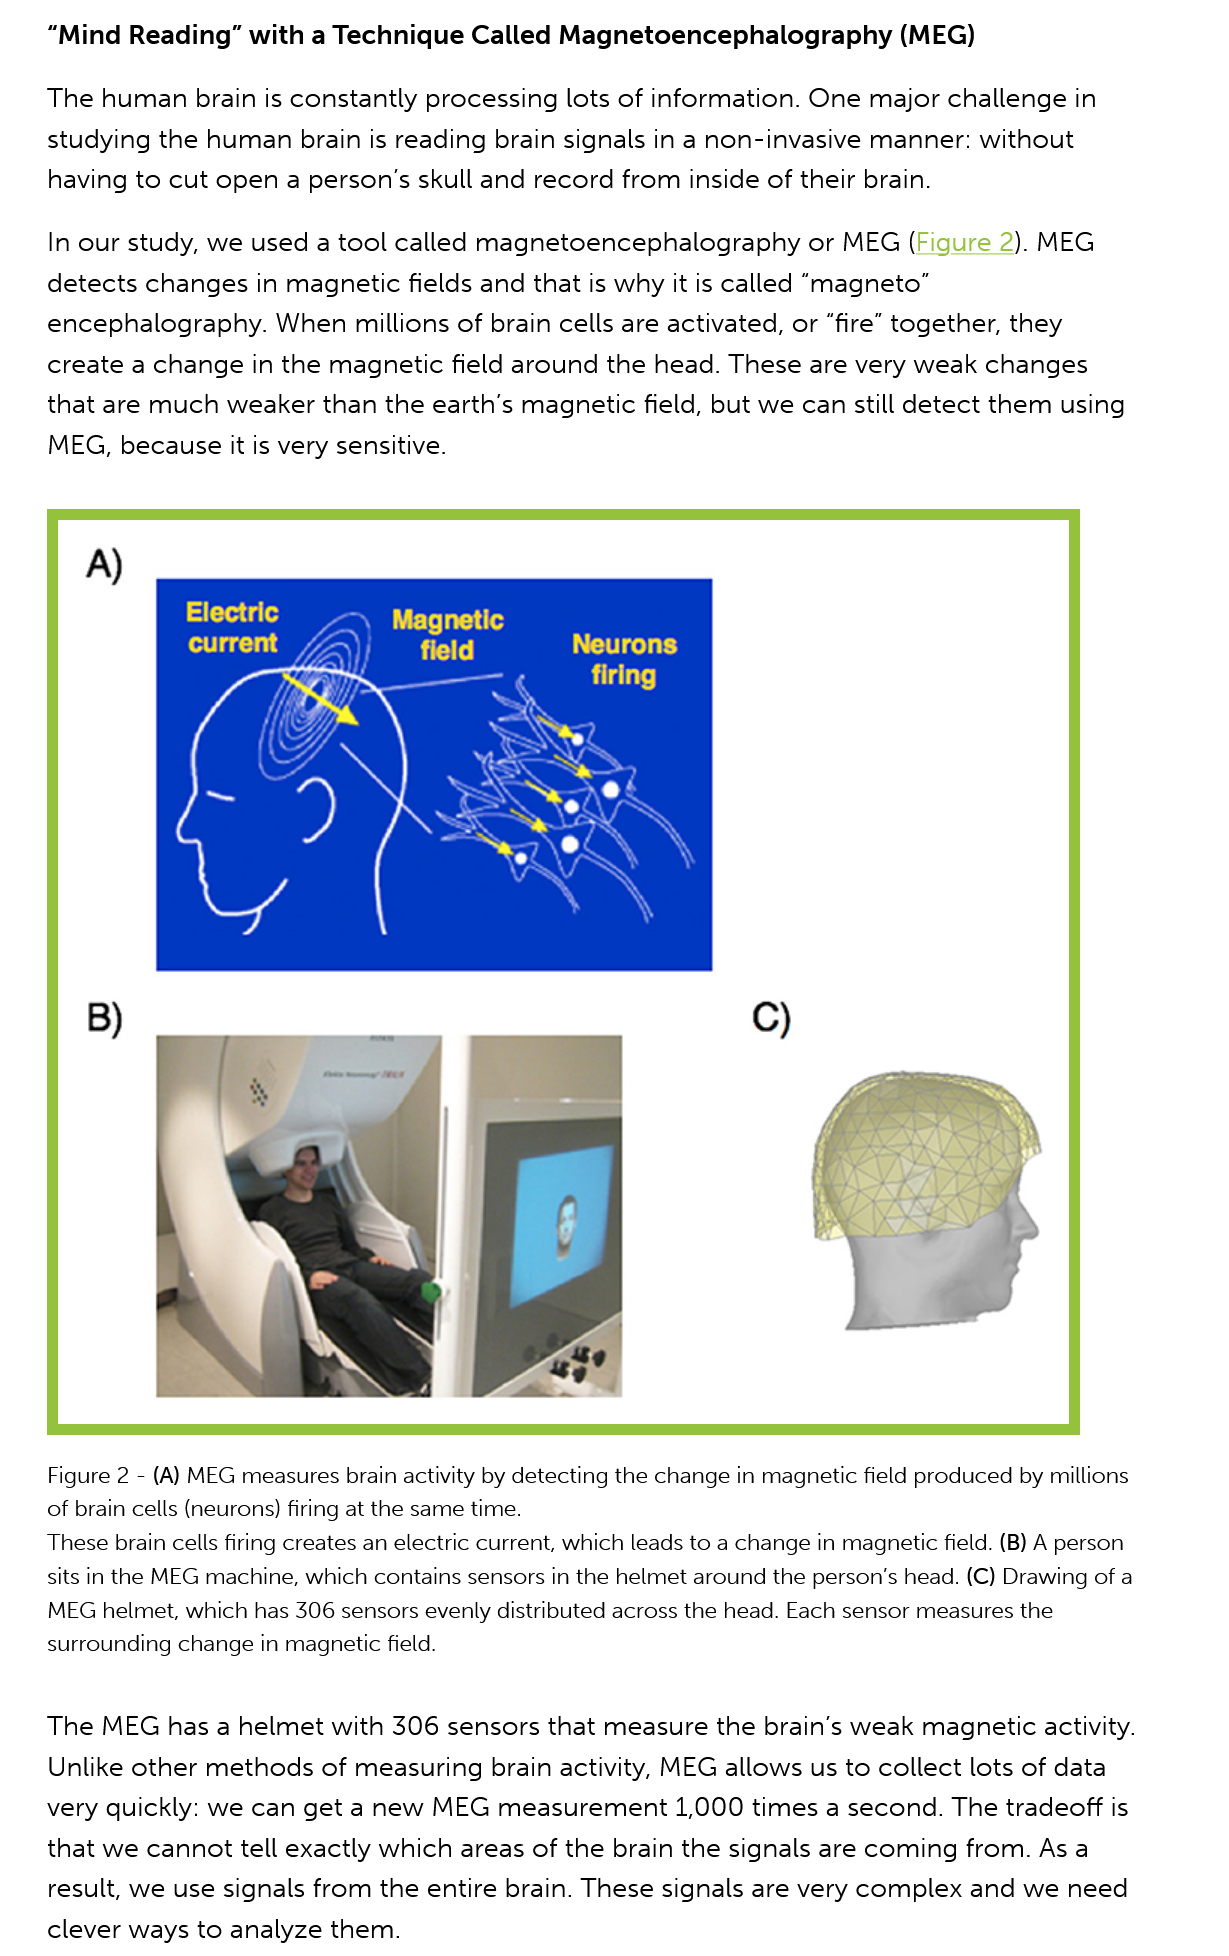
“Mind Reading”   with a Technique  Called  Magnetoencephalography    (MEG)
     Figure 2
     -
     (A) MEG measures brain activity by detecting the change in magnetic field produced by millions
     of brain cells (neurons) firing at the same time.
    These brain cells firing creates an electric current, which leads to a change in magnetic field. (B) A person
     sits in the MEG machine, which contains sensors in the helmet around the person's head. (C) Drawing of a
     MEG helmet, which has 306 sensors evenly distributed across the head. Each sensor measures the
     surrounding change in magnetic field.
    The  MEG   has a helmet  with 306 sensors  that measure  the brain’s weak  magnetic  activity
     Unlike other methods   of measuring  brain activity, MEG allows us to collect lots of data
    very  quickly: we can get a new  MEG   measurement  1,000   times a second.  The  tradeoff is
     that we cannot tell exactly which areas  of the brain the signals are coming from. As  a
     result, we use signals from the entire brain. These signals are very complex  and we  need
     clever ways to analyze them.
    The  human brain   is constantly processing  lots of information. One major  challenge  in
     studying the human brain   is reading brain signals in a non-invasive manner: without
     having to cut open  a person's skull and record from  inside of their brain.
     In our study, we used a tool called magnetoencephalography    or MEG  (Figure 2). MEG
     detects changes  in magnetic  fields and that is why it is called “magneto”
     encephalography.   When   millions of brain cells are activated, or “fire” together, they
     create a change in the magnetic   field around the head. These  are very weak  changes
     that are much  weaker than  the earth's magnetic  field, but we can still detect them using
     MEG,  because it is very sensitive.
     1a [te Cale
     current
     Magnetic
     bite) fe
     |    Neurons
     firing